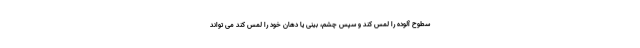
سطوح آلوده را لمس کند و سپس چشم، بینی یا دهان خود را لمس کند می تواند